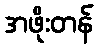
အဖိုးတန်